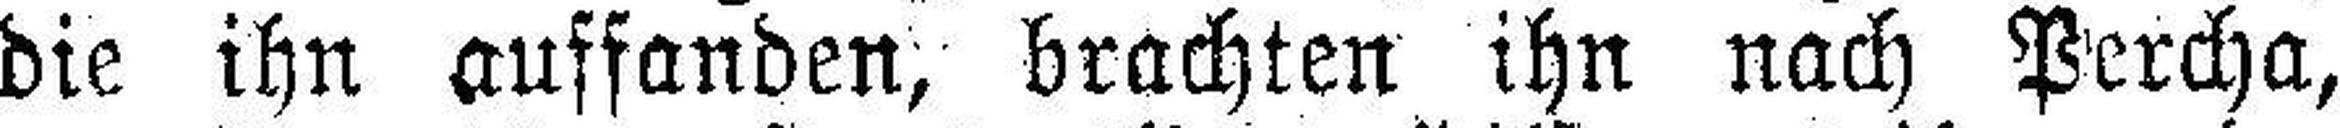
die ihn auffanden, brachten ihn nach Percha,